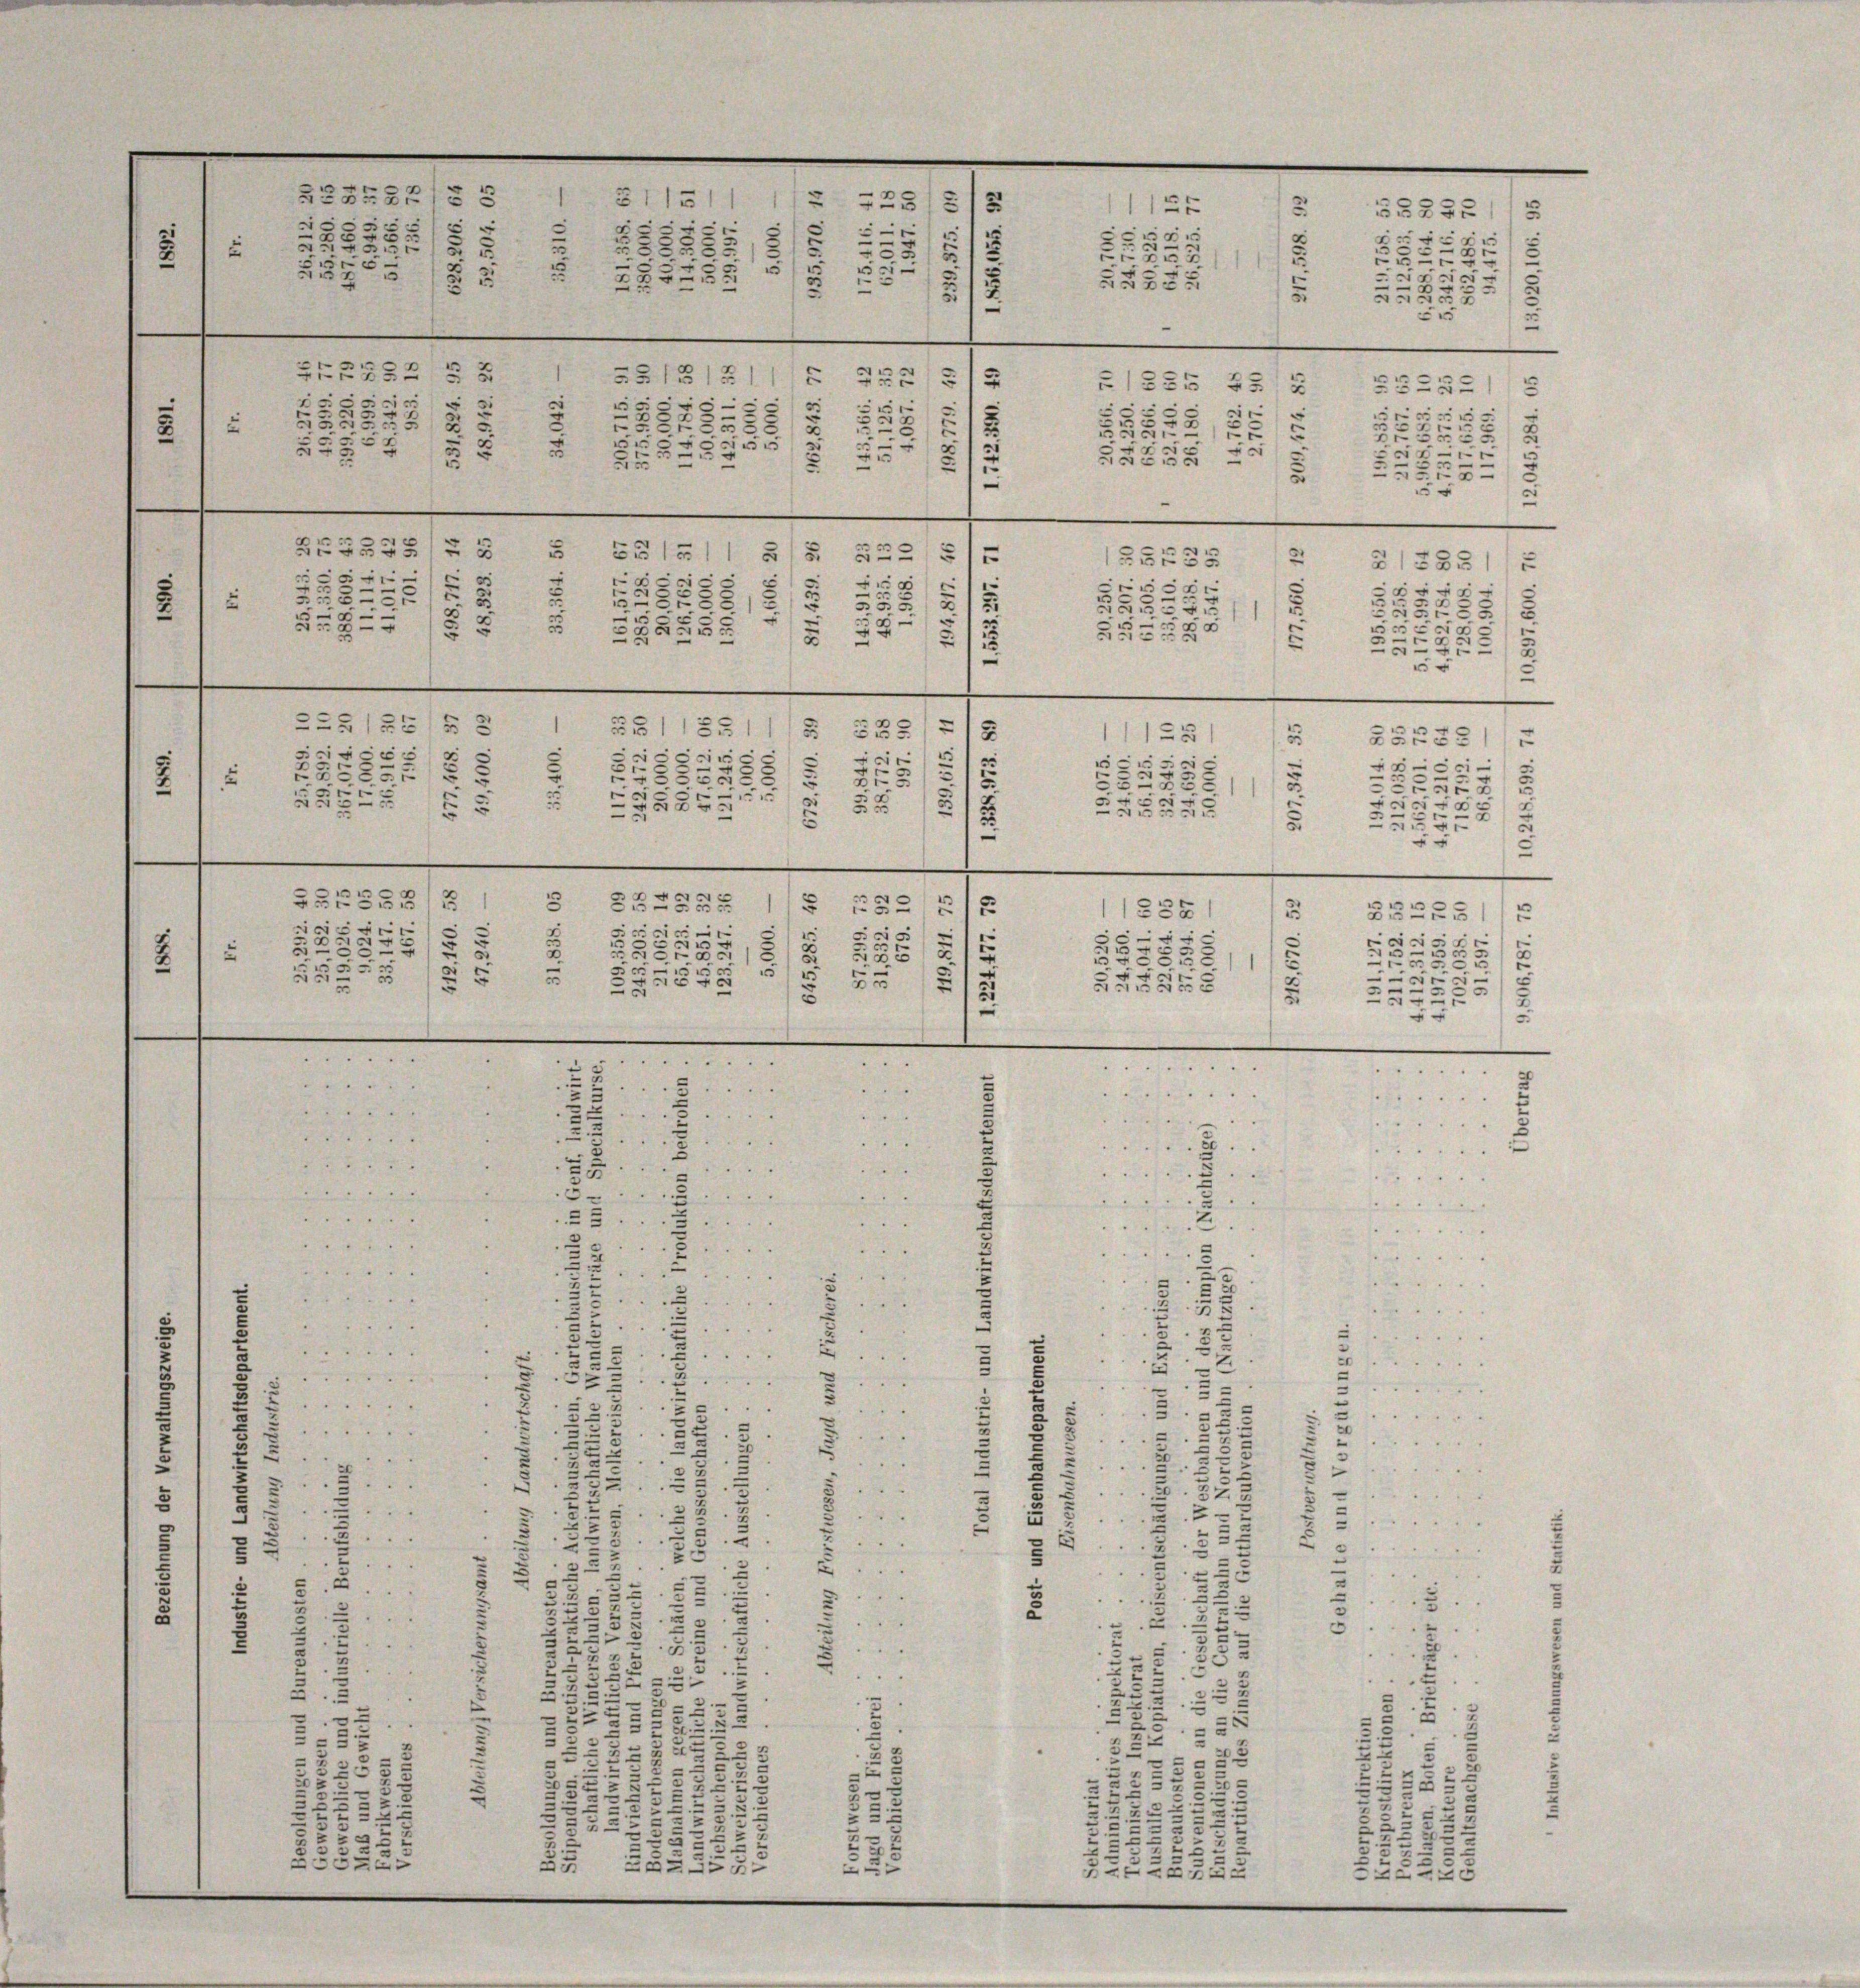
e
FESELE= 3
311511
2
12
.
xx

5

.
u
e
2
x
5
2
SBr55
33
535:
2
5
Ei53
2
Fre
d

1
1
3
252
32 xxx
 2

5
55225
1
3
2
u
55
“
3
T2352 § 5
22
25131211
u
(355 255
25 x
2
1
5
1
r
u
d
r
3
3
1

x
5
i
25
 f 24 x
252
2
u
1
2:
ESEE2:
2
7
5.
2
2
5
x
5
x
¬
s
v

2
e
5
e
.
2
E

u
“
5
2
.
.
13
u

—
.

1
BES525/25
.
u
2
5
S 1511
55735
u
21335)
.

.
2
u
c
F
5
2
ss
e
1
u

83
r
8)
2
35
2
2,
24
5
.
,
5
u
x
n
5
2
 0 x
.
5
2
2

2 x
5

251252
1
2
§§ 11351 (
3
525
2
11125
¬
x
s
1
g
r
5
2
u
3
i
5
5
5522

325
253
.
4
1
282
.
2

1
2
2
5
f
552.
2x
253
2555.
5
12
u
e
6
§37338/3 1
.
s
282
2525
2
18
¬
235
ricier
5
i
.
5
e
.

5
u
5
s
5
2
x
u
5
125
u
u
25
2

¬
2
1
e
552:
u
5
e
25
5
155
x
u
5552
u
2
2
4
.........

.

“

....
3
1
2

u
2
2
.
5
5
e

29
2

5
"
5..
25
2
“
e
.
u
g
.
e
.
.
.

25
2
55
2
.
2
¬
5

i
e
.

5
.
.
37
5
.

.
2
3
3
2
.
:
8
5
3
.
x
32.
2
u
.
a
2
2

e
3
e
u
¬
an
e
.

5
2
5
2.
.
5
5
52
2
37
5
“
.
.
.
5
8
2

2
2

3
2
u
1
u
2
u
d
2
e
u

3

x
g
u
0
s
5
x
u
u
3
1
u
.
55
u
.
2
3
5
u
5
.
d
.

u
f
2
e
.
5
.
2
23
—
5
e
.
u
u
.

5
e
F
u
5

5
2
33
3.
.
2.
u
3
2
2
2

2

2
u
e
n
u
2
f

2
32
"
5
2
5
3
2
.
e
2

2
2

5
¬
2
52
2x
82
e
2
.
2
d
2
s
7
72
e
5
3
2
u
32
i
u
25
u
“
2
202

2
u
u
-
-35
52
.
.
u
2
52
2
2
22.
5
i
u
2
 55
u
5
52
2
2
e
i
2
2
5
2
.
7
5
2
B
222

x
20

1125

s

§52221)
r
5
xx
u
g

.
.
2
552
c

2
5
.

25
xx

5
5

25222)
8
e
12
BEREZ
F
5
5

s

25
e
5
3
-
2
2

u

.
5
.
5